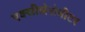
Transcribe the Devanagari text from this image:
एक्सीलेरोमीटर